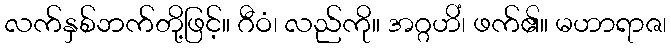
လက်နှစ်ဘက်တို့ဖြင့်။ ဂီဝံ၊ လည်ကို။ အဂ္ဂဟိံ၊ ဖက်၏။ မဟာရာဇ၊